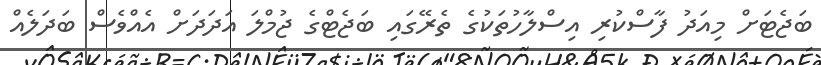
ބަޖެޓަށް މިއަދު ފާސްކުރި އިސްލާހުތަކުގެ ތެރޭގައި ބަޖެޓްގެ ޖުމްލަ އަދަދަށް އެއްވެސް ބަދަލެއް